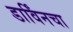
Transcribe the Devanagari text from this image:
डार्विंनचा